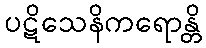
ပဋိသေနိကရောန္တိ